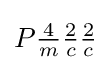
P{\tfrac {4}{m}}{\tfrac {2}{c}}{\tfrac {2}{c}}